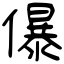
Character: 儤